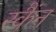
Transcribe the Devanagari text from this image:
स्कैंन